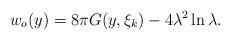
LaTeX: \begin{align*}w_o(y)=8\pi G(y,\xi_k)-4\lambda^2 \ln{\lambda}.\end{align*}